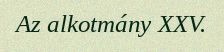
Az alkotmány XXV.